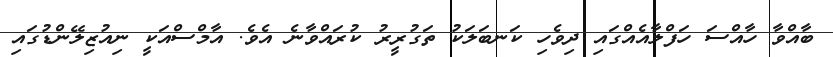
ބާއްވާ ހާއްސަ ހަފްލާއެއްގައި ދިވެހި ކަނބަލަކު ތަގުރީރު ކުރައްވާނެ އެވެ. އާމްސްއަކީ ނިއުޒިލޭންޑުގައި